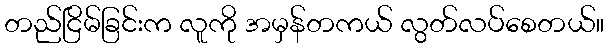
တည်ငြိမ်ခြင်းက လူကို အမှန်တကယ် လွတ်လပ်စေတယ်။